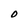
Character: O